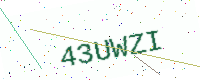
Text: 43UWZI